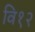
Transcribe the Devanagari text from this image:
वि१२